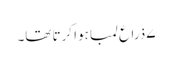
۷ ذراع لمبا ہوا کرتا تھا۔